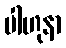
ပါဟုနာ